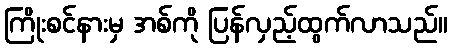
ကြိုးစင်နားမှ အစ်ကို ပြန်လှည့်ထွက်လာသည်။